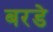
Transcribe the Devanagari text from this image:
बरडे